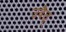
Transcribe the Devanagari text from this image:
उदैत्